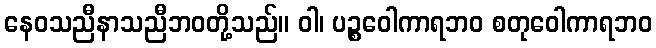
နေဝသညီနာသညီဘဝတို့သည်။ ဝါ၊ ပဉ္စဝေါကာရဘဝ စတုဝေါကာရဘဝ